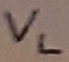
Text: VL